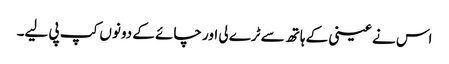
اس نے عینی کے ہاتھ سے ٹرے لی اور چائے کے دونوں کپ پی لیے۔